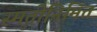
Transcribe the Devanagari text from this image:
स्मृतीनिमित्त